Annual report on the Civil Veterinary Department, Burma (including the Insein Veterinary School) - 1923-1931
Year: 1923
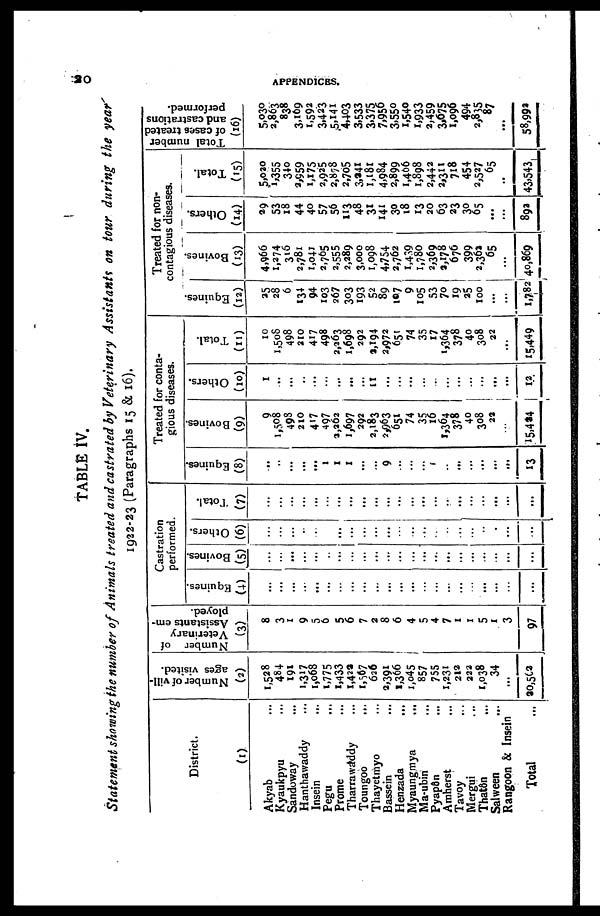
20
APPENDICES.
TABLE IV.
Statement showing the number of Animals treated and castrated by Veterinary Assistants on tour during the year
1922-23 (Paragraphs 15 & 16).
District.
(1)
Akyab ...
Kyaukpyu ...
Sandoway ...
Hanthawaddy ...
Insein
...
Pegu ...
Prome ...
Tharrawaddy ...
Toungoo ...
Thayetmyo ...
Bassein ...
Henzada ...
Myaungmya ...
Ma-ubin ...
Pyapôn ...
Amherst ...
Tavoy ...
Mergui ...
Thatôn ...
Salween ...
Rangoon & Insein
Total ...
Number of vill-
ages visited.
(2)
1,528
484
191
1,317
1,068
1,775
1,433
1,422
1,567
626
2,391
1,366
1,045
857
755
1,231
212
222
1,038
34
...
20,562
Number of
Veterinary
Assistants em-
ployed.
(3)
8
3
1
9
5
6
5
6
7
2
8
6
4
5
4
7
1
1
5
1
3
97
Castration
performed.
Equines.
(4)
...
...
...
...
...
...
...
...
...
...
...
...
...
...
...
...
...
...
...
...
...
...
Bovines.
(5)
...
...
...
...
...
...
...
...
...
...
...
...
...
...
...
...
...
...
...
...
...
...
Others.
(6)
...
...
...
...
...
...
...
...
...
...
...
...
...
...
...
...
...
...
...
...
...
...
Total.
(7)
...
...
...
...
...
...
...
...
...
...
...
...
...
...
...
..
...
...
...
...
...
...
Treated for conta-
gious diseases.
Equines.
(8)
...
..
...
...
...
1
1
1
...
...
9
...
...
...
...
...
...
...
...
...
...
13
Bovines.
(9)
9
1,508
498
210
4«7
497
3,262
1,697
292
2,183
2,963
651
74
35
16
1,364
378
40
308
23
...
15,424
Others.
(10)
1
...
...
...
...
...
...
...
...
...
...
...
...
...
...
...
...
...
...
...
...
12
Total.
(11)
10
1,508
498
210
417
498
2,263
1,698
292
3,194
2,972
651
74
35
17
1,364
378
40
308
22
...
15,449
Treated for non-
contagious diseases.
Equines.
(12)
35
28
6
134
94
103
267
303
193
52
89
107
9
105
53
70
19
25
100
...
...
1,782
Bovines.
(13)
4,966
1,274
316
2,781
1,041
2,765
2,555
2,289
3,000
1,098
4,754
2,762
1,439
1,780
2,369
3,178
676
399
2,363
65
...
40,869
Others.
(14)
29
53
18
44
40
57
56
113
48
31
141
30
18
13
20
63
23
30
65
...
...
893
Total.
(15)
5,030
1,355
340
2,959
1,175
2,925
2,878
2,705
3,241
1,181
4,984
2,899
1,466
1,898
2,442
2,311
718
454
2,527
65
...
43,543
Total number
of cases treated
and castrations
performed.
(16)
5,030
2,863
838
3,169
1,592
3,423
5,141
4,403
3,533
3,375
7,956
3,550
1,540
1,933
2,459
3,075
1,096
494
2,815
87
...
58,992